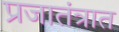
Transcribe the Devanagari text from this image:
प्रजातंत्रात